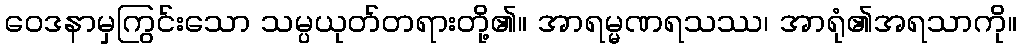
ဝေဒနာမှကြွင်းသော သမ္ပယုတ်တရားတို့၏။ အာရမ္မဏရသဿ၊ အာရုံ၏အရသာကို။